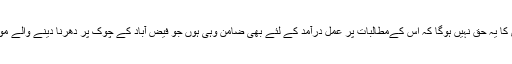
اگر یہ بات آنے والے دنوں میں قبول ہوتی ہے تو پھر کیا ہر احتجاج کرنے والے شہری کا یہ حق نہیں ہوگا کہ اس کےمطالبات پر عمل درآمد کے لئے بھی ضامن وہی ہوں جو فیض آباد کے چوک پر دھرنا دینے والے مولوی خادم حسین اور حکومت پاکستان کے بیچ طے پانے والے معاہدہ کے ضامن تھے؟